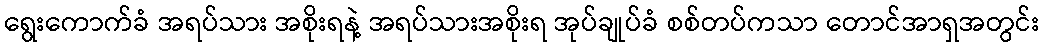
ရွေးကောက်ခံ အရပ်သား အစိုးရနဲ့ အရပ်သားအစိုးရ အုပ်ချုပ်ခံ စစ်တပ်ကသာ တောင်အာရှအတွင်း